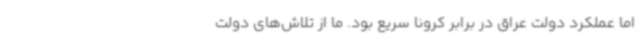
اما عملکرد دولت عراق در برابر کرونا سریع بود. ما از تلاش‌های دولت